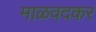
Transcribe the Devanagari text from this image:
माळवदकर